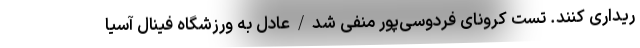
ریداری کنند. تست کرونای فردوسی‌پور منفی شد/عادل به ورزشگاه فینال آسیا